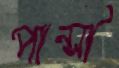
পান্সী